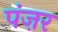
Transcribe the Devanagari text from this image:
पंज़र